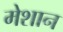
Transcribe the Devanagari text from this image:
मेशान